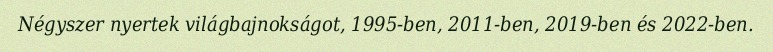
Négyszer nyertek világbajnokságot, 1995-ben, 2011-ben, 2019-ben és 2022-ben.